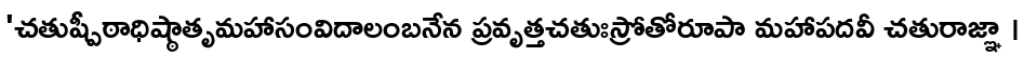
'చతుష్పీఠాధిష్ఠాతృమహాసంవిదాలంబనేన ప్రవృత్తచతుఃస్రోతోరూపా మహాపదవీ చతురాజ్ఞా ।